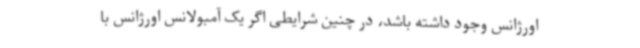
اورژانس وجود داشته باشد، در چنین شرایطی اگر یک آمبولانس اورژانس با